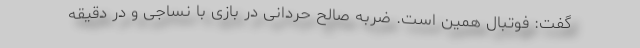
گفت: فوتبال همین است. ضربه صالح حردانی در بازی با نساجی و در دقیقه